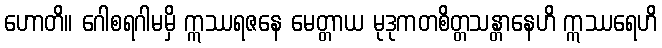
ဟောတိ။ ဂေါစရဂါမမှိ ဣဿရဇနေ မေတ္တာယ မုဒုကတစိတ္တသန္တာနေဟိ ဣဿရေဟိ